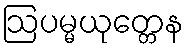
ဩပမ္မယုတ္တေန